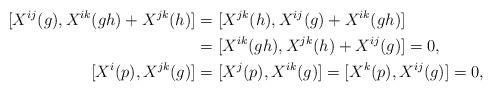
LaTeX: \begin{align*}[X^{ij}(g),X^{ik}(gh) + X^{jk}(h)]&=[ X^{jk}(h),X^{ij}(g)+X^{ik}(gh)]\endline&=[X^{ik}(gh), X^{jk}(h)+ X^{ij}(g)]=0,\endline[X^{i}(p),X^{jk}(g)]&=[X^{j}(p),X^{ik}(g)]=[X^{k}(p),X^{ij}(g)]=0,\end{align*}